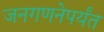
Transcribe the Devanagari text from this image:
जनगणनेपर्यंत